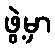
ဖွဲ့မှာ